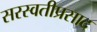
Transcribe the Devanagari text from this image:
सरस्वतीप्रसाद